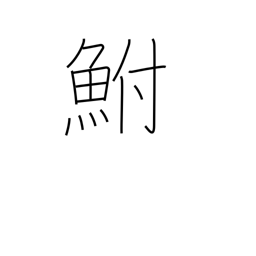
Meaning: carp